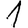
Digit: 1